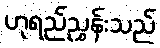
ဟုရည်ညွှန်းသည်